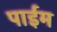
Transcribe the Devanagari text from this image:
पाईम